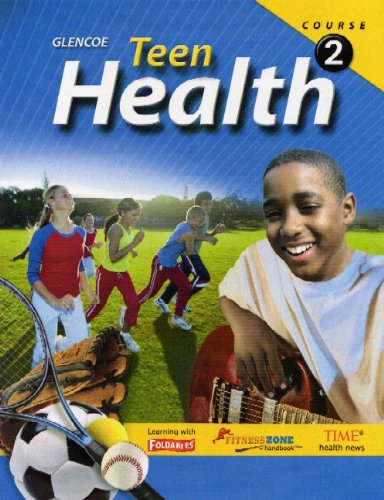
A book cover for Teen Health, Course 2, Student Edition; McGraw-Hill Education; Health, Fitness & Dieting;